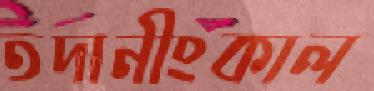
তদানীংকাল